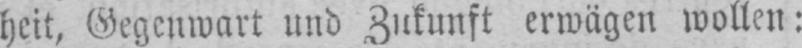
heit, Gegenwart und Zukunft erwägen wollen: